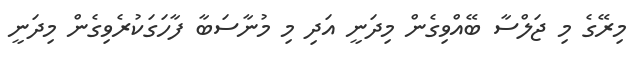
މިރޭގެ މި ޖަލްސާ ބޭއްވިގެން މިދަނީ އަދި މި މުނާސަބާ ފާހަގަކުރެވިގެން މިދަނީ